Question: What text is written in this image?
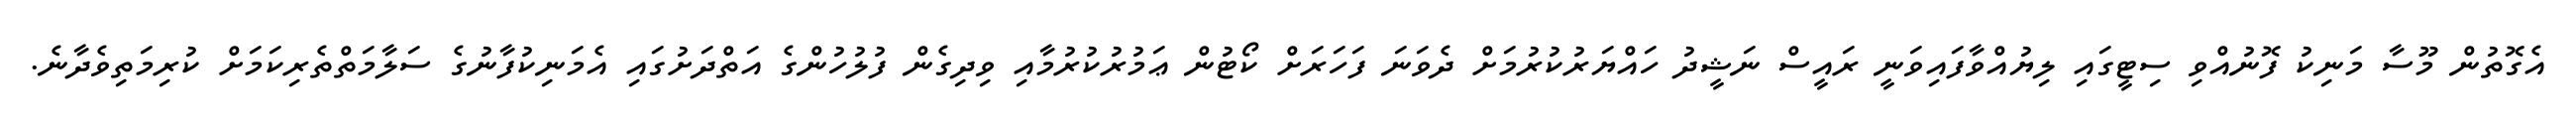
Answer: އެގޮތުން މޫސާ މަނިކު ފޮނުއްވި ސިޓީގައި ލިޔުއްވާފައިވަނީ ރައީސް ނަޝީދު ހައްޔަރުކުރުމަށް ދެވަނަ ފަހަރަށް ކޯޓުން ޢަމުރުކުރުމާއި ވިދިގެން ފުލުހުންގެ އަތްދަށުގައި އެމަނިކުފާނުގެ ސަލާމަތްތެރިކަމަށް ކުރިމަތިވެދާނެ.